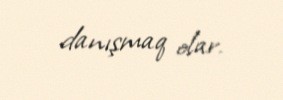
danışmaq olar.